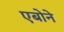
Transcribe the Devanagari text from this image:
एबोने